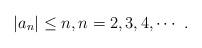
LaTeX: \begin{align*}|a_n| \leq n, n=2,3,4,\cdots\ .\end{align*}